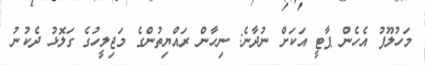
މަހުލޫފު އެހެން ޕާޓީ އަކަށް ނުދާނެ: ނިހާން ރައްޔިތުންގެ މަޖިލީހުގެ ގަލޮޅު ދެކުނު